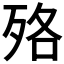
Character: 𣧳